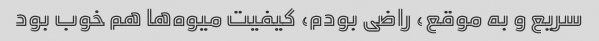
سریع و به موقع، راضی بودم، کیفیت میوه‌ها هم خوب بود